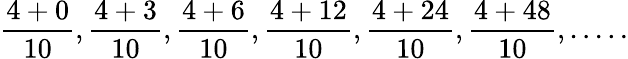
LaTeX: {\frac{4+0}{10}},{\frac{4+3}{10}},{\frac{4+6}{10}},{\frac{4+12}{10}},{\frac{4+24}{10}},{\frac{4+48}{10}},.....